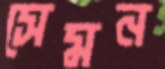
সেমন